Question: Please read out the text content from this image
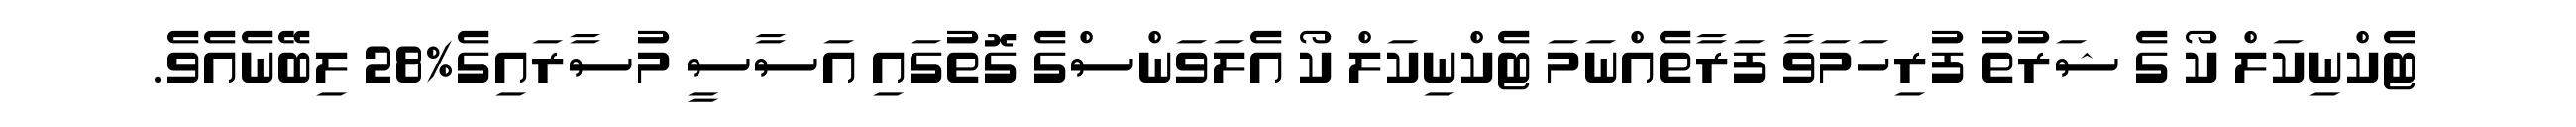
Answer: ޓެކްނިކަލް ކޯ ގެ ޝަރުތު ފުރިހަމަވާ ފަރާތެއްނަމަ ޓެކްނިކަލް ކޯ އެލަވަންސްގެ ގޮތުގައި އަސާސީ މުސާރައިގެ%28 ލިބޭނެއެވެ.